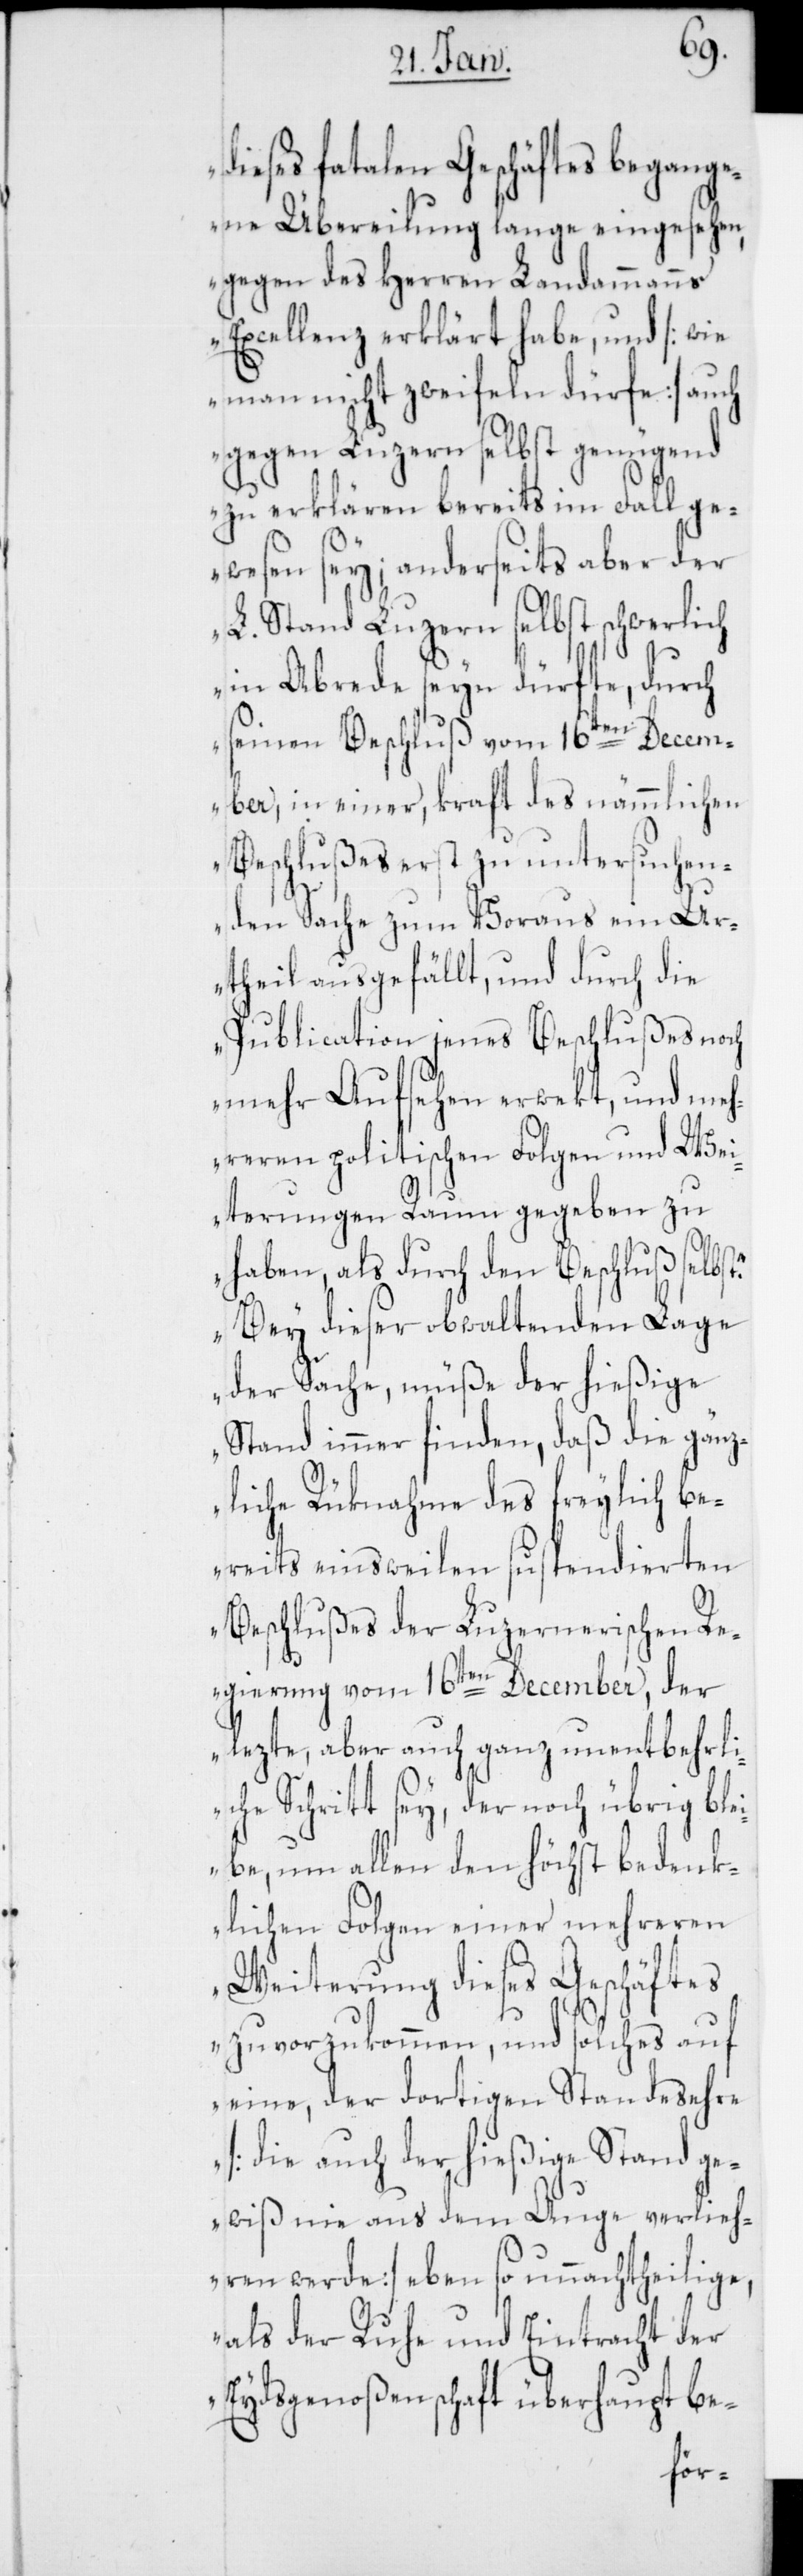
dieses fatalen Geschäftes begang¬
ene Übereilung lange eingesehen,
gegen des Herren Landammanns
Excellenz erklärt habe, und [wie
man nicht zweyfeln dürfe] auch
gegen Luzern selbst genügend
zu erklären bereits im Fall ge¬
wesen sey; anderseits aber der
L. Stand Luzern selbst schwerlich
in Abrede seyn dürfte, durch
seinen Beschluß vom 16ten Decem¬
ber, in einer, kraft des nämmlichen
Beschlußes erst zu untersuchen¬
den Sache zum Voraus ein Ur¬
theil ausgefällt, und durch die
Publication jenes Beschlußes noch
mehr Aufsehen erwekt, und meh¬
reren politischen Folgen und Wei¬
terungen Raum gegeben zu
haben, als durch den Beschluß selbst.
Bey dieser obwaltenden Lage
der Sache, müße der hießige
Stand immer finden, daß die gänz¬
liche Rüknahme des freylich be¬
reits einsweilen suspendierten
Beschlußes der Luzernerischen Re¬
gierung vom 16ten December, der
lezte, aber auch ganz unentbehrli¬
che Schritt sey, der noch übrig blei¬
be, um allen den höchst bedenk¬
lichen Folgen einer mehreren
Weiterung dieses Geschäftes
zuvorzukommen, und solches auf
eine, der dortigen Standesehre
[die auch der hießige Stand ge¬
wiß nie aus dem Auge verlieh¬
ren werde] ebenso unnachtheilige,
als der Ruhe und Eintracht der
Eydsgenoßenschaft überhaupt be-